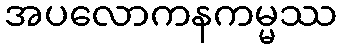
အပလောကနကမ္မဿ